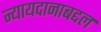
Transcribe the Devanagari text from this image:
न्यायदानाबद्दल